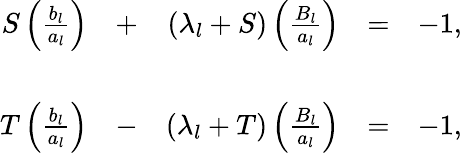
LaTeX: \begin{array}{rcrcr}{{S\left(\frac{b_{l}}{a_{l}}\right)}}&{{+}}&{{(\lambda_{l}+S)\left(\frac{B_{l}}{a_{l}}\right)}}&{{=}}&{{-1,}}\\ {{}}&{{}}&{{}}\\ {{T\left(\frac{b_{l}}{a_{l}}\right)}}&{{-}}&{{(\lambda_{l}+T)\left(\frac{B_{l}}{a_{l}}\right)}}&{{=}}&{{-1,}}\end{array}